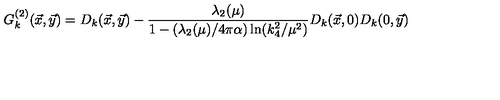
G _ { k } ^ { ( 2 ) } ( { \vec { x } } , { \vec { y } } ) = D _ { k } ( { \vec { x } } , { \vec { y } } ) - { \frac { \lambda _ { 2 } ( \mu ) } { 1 - ( \lambda _ { 2 } ( \mu ) / 4 \pi \alpha ) \ln ( k _ { 4 } ^ { 2 } / \mu ^ { 2 } ) } } D _ { k } ( { \vec { x } } , 0 ) D _ { k } ( 0 , { \vec { y } } )